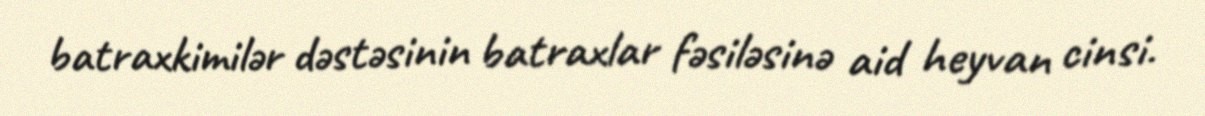
batraxkimilər dəstəsinin batraxlar fəsiləsinə aid heyvan cinsi.